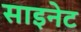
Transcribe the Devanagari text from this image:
साइनेट